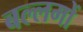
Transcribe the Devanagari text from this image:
बल्लमों